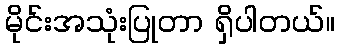
မိုင်းအသုံးပြုတာ ရှိပါတယ်။